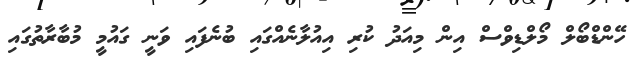
ހޭންޑްބޯލް މޯލްޑިވްސް އިން މިއަދު ކުރި އިއުލާނެއްގައި ބުނެފައި ވަނީ ގައުމީ މުބާރާތުގައި